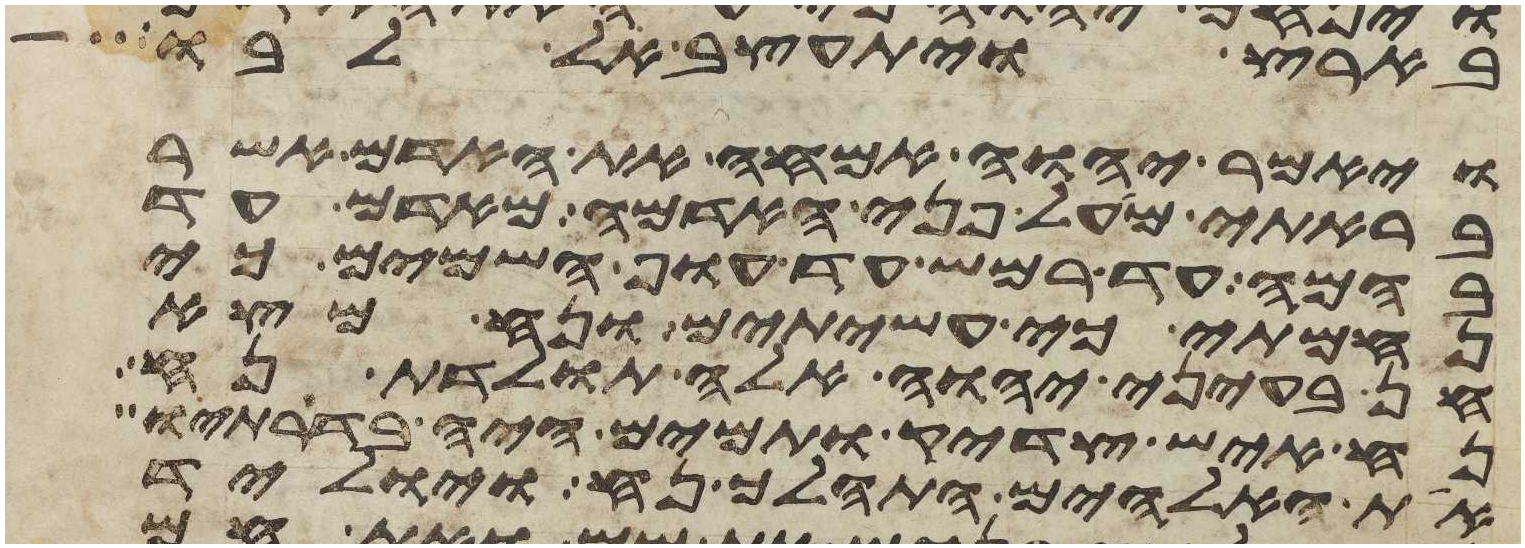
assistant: בארץ ויתעצב אל לבו
ויאמר יהוה אמחה את האדם אשר
בראתי מעל פני האדמה מאדם עד
בהמה עד רמש עד עוף השמים כי
נחמתי כי עשיתים ונח מצא
חן בעיני יהוה אלה תולדת נח
נח איש צדיק ותמים היה בדרתיו
את האלהים התהלך נח ויוליד